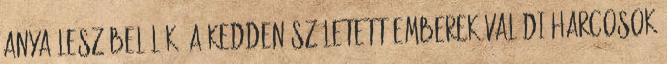
anya lesz belőlük. A kedden született emberek valódi harcosok